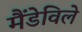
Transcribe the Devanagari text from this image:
मैंडेविले